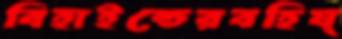
বিহাইন্ডেরবহিষ্